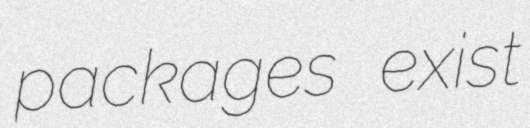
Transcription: packages exist